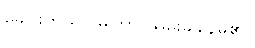
ခေါင်းကိုသာ မကြာ ယမ်းခါနေမိ၏။